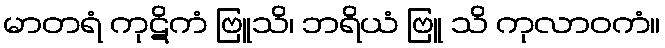
မာတရံ ကုဋိကံ ဗြူသိ၊ ဘရိယံ ဗြူ သိ ကုလာဝကံ။